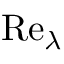
{ \mathrm { R e } _ { \lambda } }